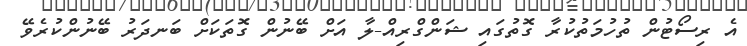
އެ ރިސޯޓުން ތުހުމަތުކުރާ ގޮތުގައި ޝަންގްރިއް-ލާ އަށް ބޭނުން ގޮތަކަށް ބަނދަރު ބޭނުންކުރެވޭ